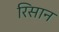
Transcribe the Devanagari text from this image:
रिसान